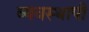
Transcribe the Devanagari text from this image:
व्यवस्थापी